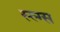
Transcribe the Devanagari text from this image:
स्ल्ग्स